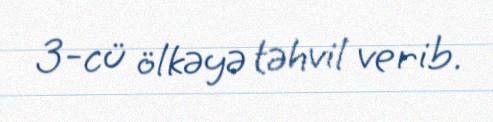
3-cü ölkəyə təhvil verib.